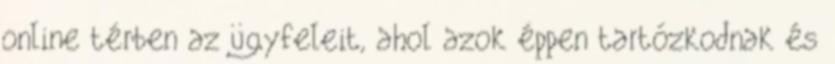
online térben az ügyfeleit, ahol azok éppen tartózkodnak és